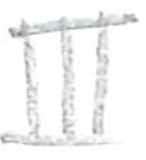
Text: III
Cross-out: clean
Writing tool: pencil